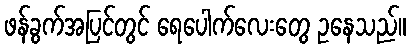
ဖန်ခွက်အပြင်တွင် ရေပေါက်လေးတွေ ဥနေသည်။